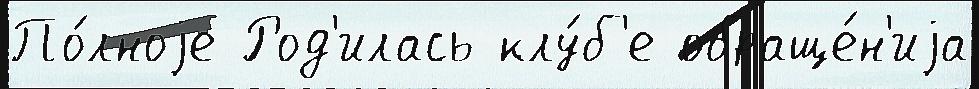
По́лноjе Род'илась клу́б'е обраще́н'иjа